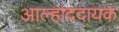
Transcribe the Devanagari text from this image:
अाल्हाददायक